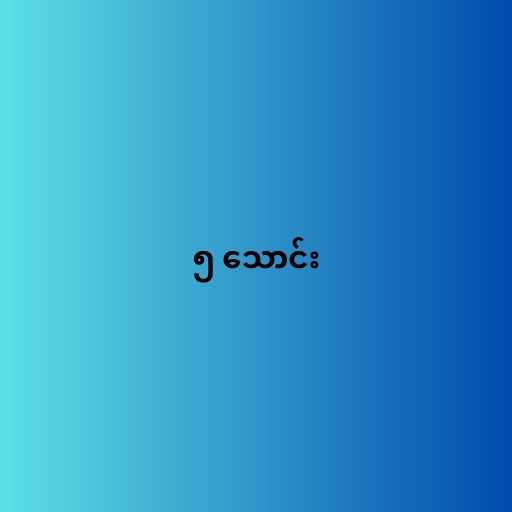
၅ သောင်း